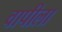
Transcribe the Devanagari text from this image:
वापीला